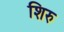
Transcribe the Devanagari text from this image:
शिरु